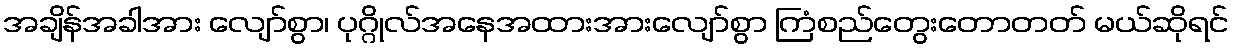
အချိန်အခါအား လျော်စွာ၊ ပုဂ္ဂိုလ်အနေအထားအားလျော်စွာ ကြံစည်တွေးတောတတ် မယ်ဆိုရင်